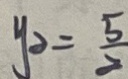
y _ { 2 } = \frac { 5 } { 2 }